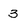
Character: 3